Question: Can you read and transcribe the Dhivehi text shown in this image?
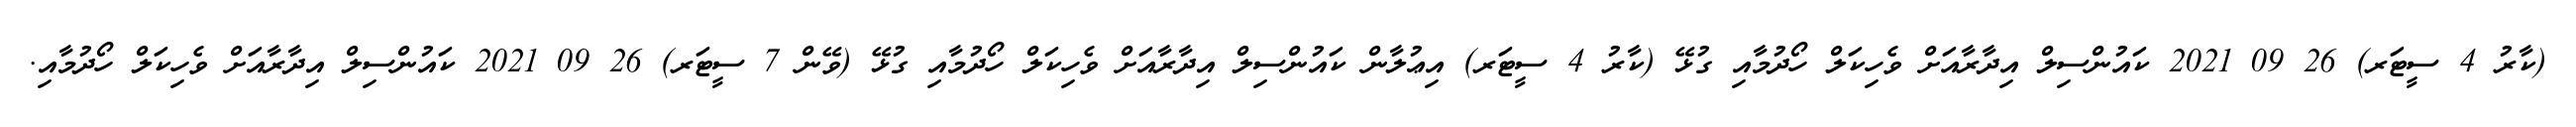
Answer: (ކާރު 4 ސީޓަރ) 26 09 2021 ކައުންސިލް އިދާރާއަށް ވެހިކަލް ހޯދުމާއި ގުޅޭ (ކާރު 4 ސީޓަރ) އިޢުލާން ކައުންސިލް އިދާރާއަށް ވެހިކަލް ހޯދުމާއި ގުޅޭ (ވޭން 7 ސީޓަރ) 26 09 2021 ކައުންސިލް އިދާރާއަށް ވެހިކަލް ހޯދުމާއި.